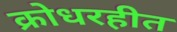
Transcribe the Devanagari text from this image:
क्रोधरहीत